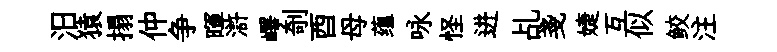
汨猿搨仲争暉滸嶧剞酉母蕴咏怪进乩戔婕互似鲛注